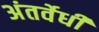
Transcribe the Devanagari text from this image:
अंतर्वेधी